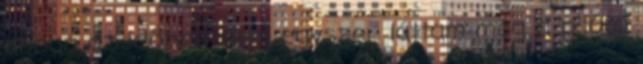
abban az időben nem egyszer láttam még a pilóta